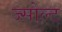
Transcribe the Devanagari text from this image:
ज्सोल्ट